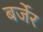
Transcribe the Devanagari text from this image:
बर्जेर